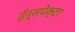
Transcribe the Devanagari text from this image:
ईन्सपेक्टर